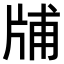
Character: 𤗃